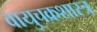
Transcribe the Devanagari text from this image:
वायुचक्रशास्त्र